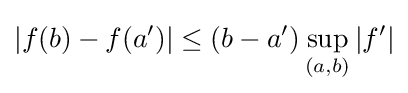
|f(b)-f(a')|\leq (b-a')\sup _{(a,b)}|f'|